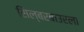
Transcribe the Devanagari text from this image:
सिल्बरबाउरला